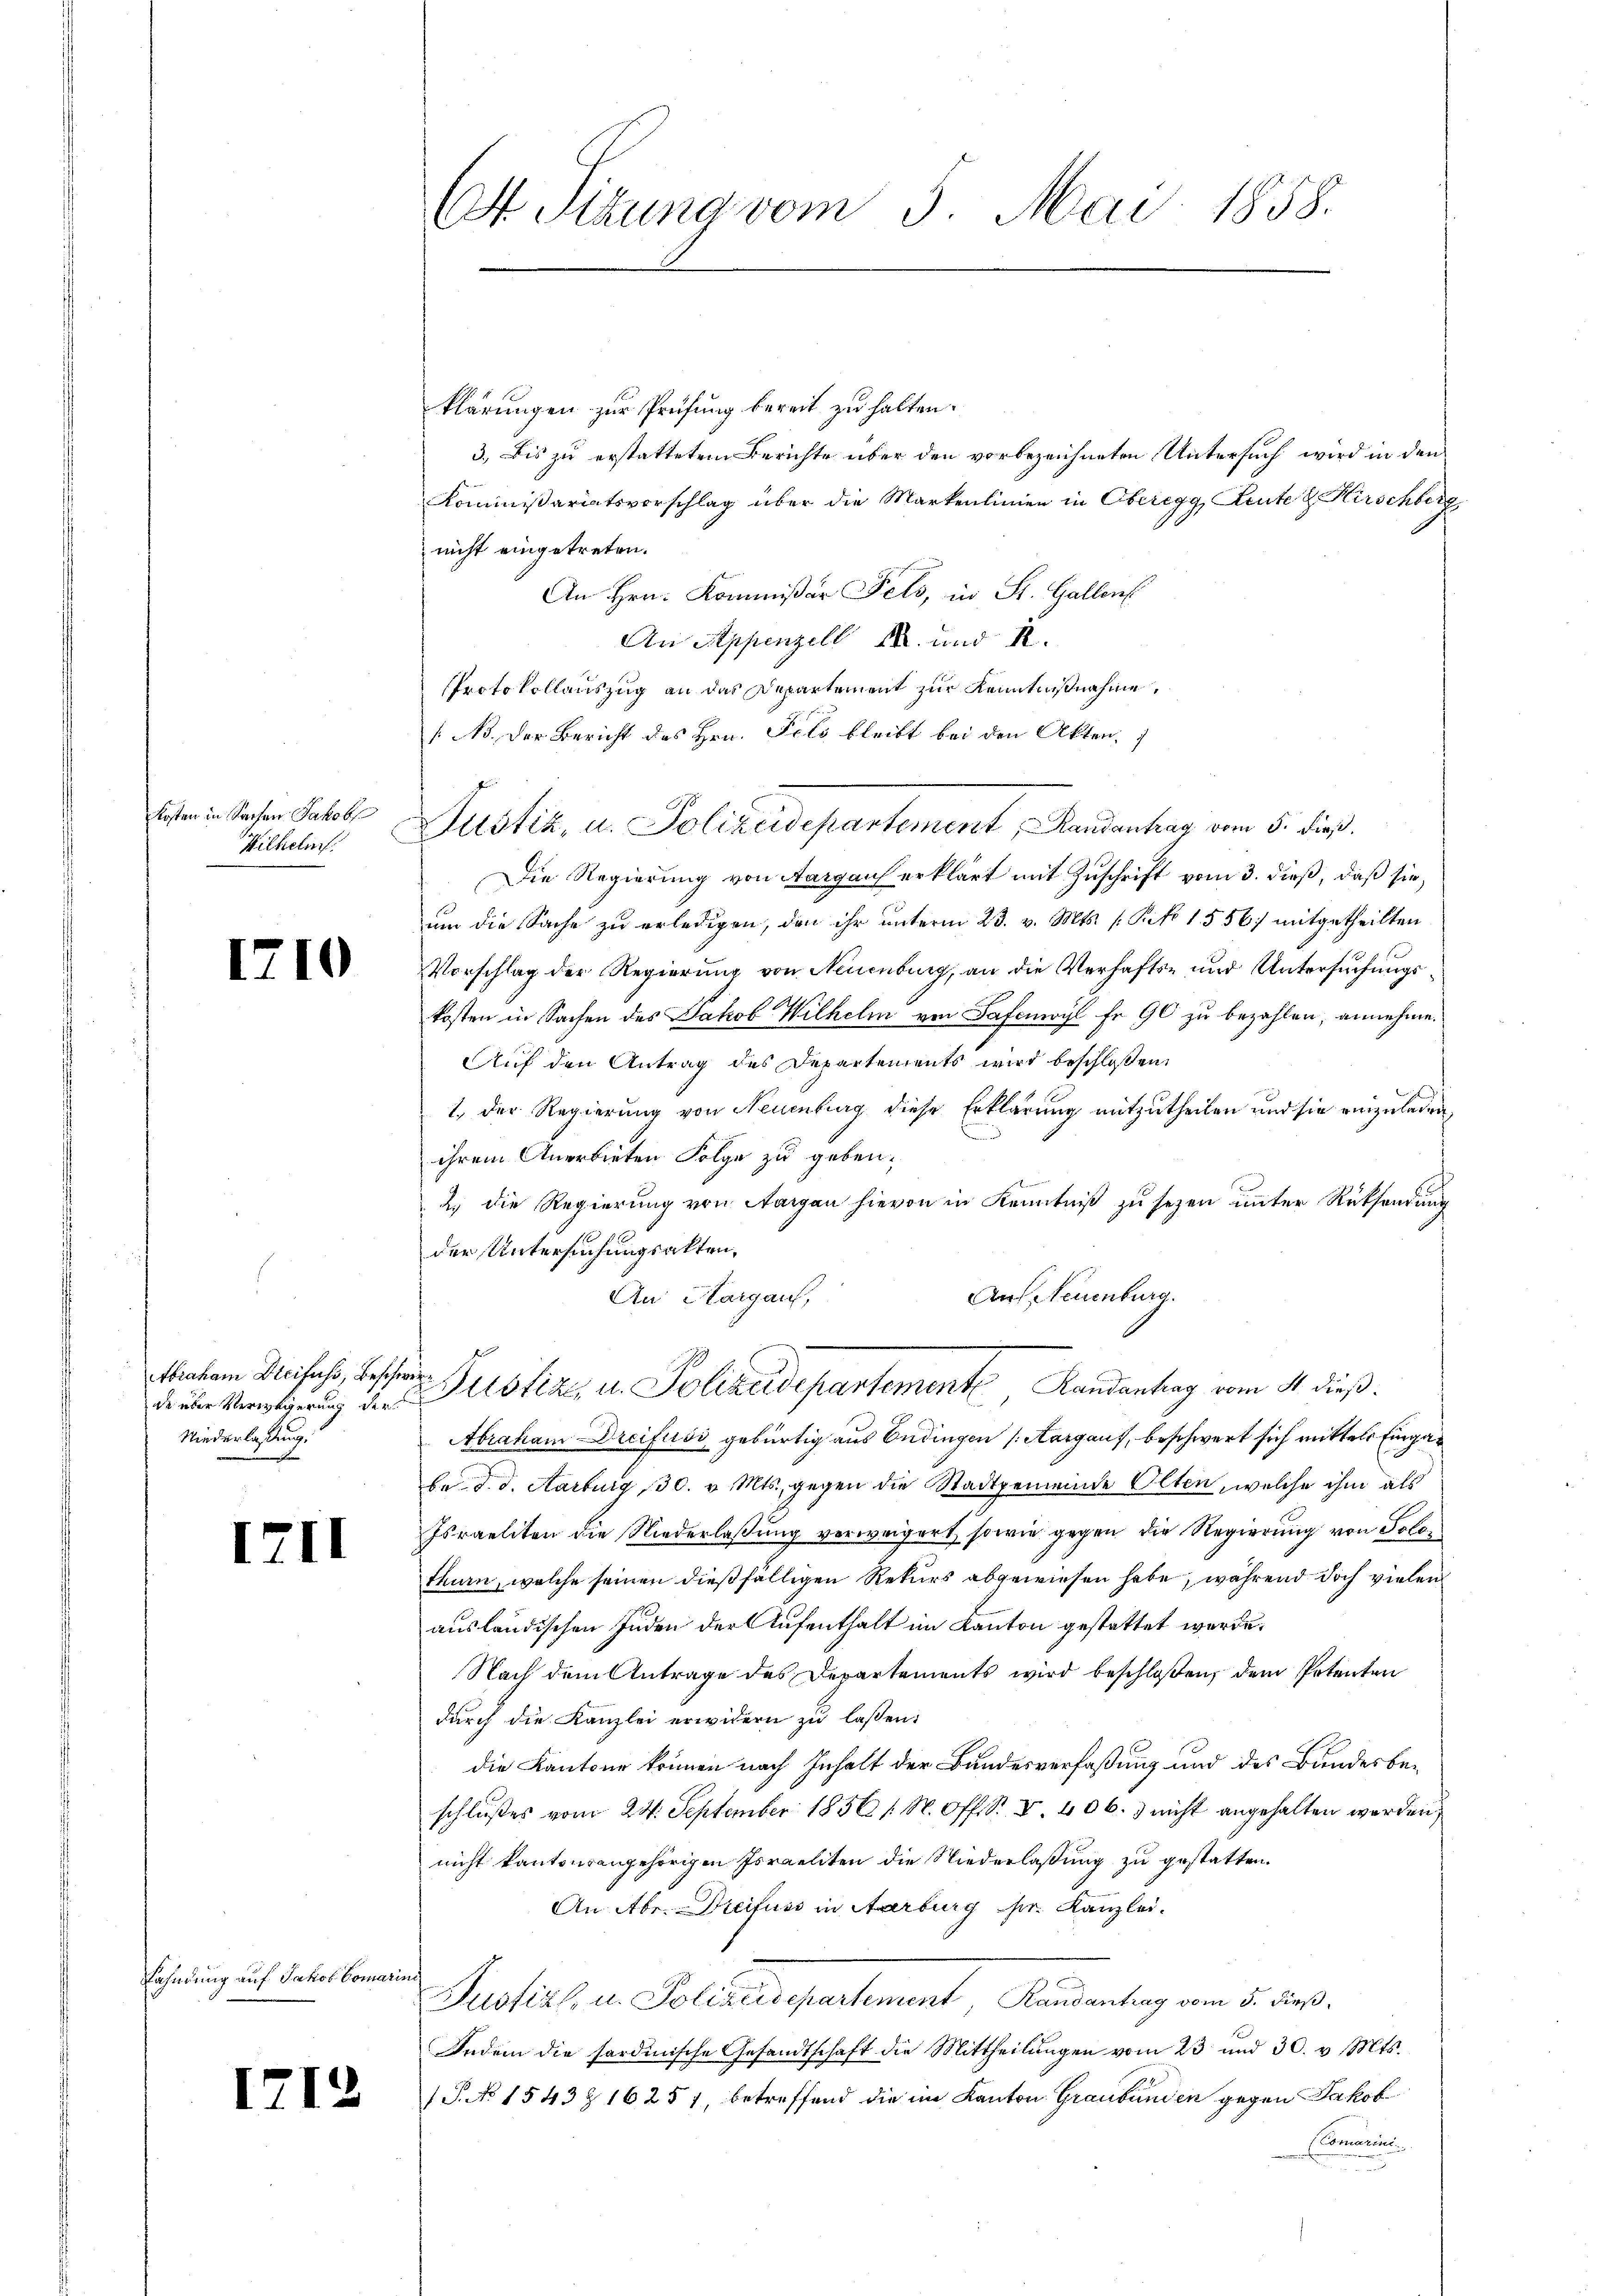
Kosten in Sachen Jakob
Wilhelins.

1210

Abraham Steifuss, Beschwer¬
Niederlassung.

III

Lahndung auf Jakob Comarini

1712

Et Sitzung vom 5. Mai 1858.

klärungen zur Prüfung bereit zu halten.
3. Bis zu erstattetem Berichte über den vorbezeichneten Untersuch wird in den
Kommißariatsvorschlag über die Markenlinien in Oberegg, Leute & Hirschberg
nicht eingetreten.
An Hrn. Kommißär Fels, in St. Gallens
An Appenzell 14. und II.
Protokollauszug an das Departement zur Kenntnißnahme.
[Ns. der Bericht des Hrn. Fels bleibt bei den Akten.
Die Regierung von Aargaus erklärt mit Zuschrift vom 3. dieß, daß sie,
um die Sache zu erledigen, den ihr unterm 23. v. Mts. s. Rito 1556 mitgetheilten
Vorschlag der Regierung von Neuenburg, an die Verhafts- und Untersuchungskosten in Sachen des Jakob Wilhelm von Safamvyl fr 90 zu bezahlen, annehme.
Auf den Antrag des Departements wird beschloßen,
1. Der Regierung von Neuenburg diese Erklärung mitzutheilen und sie einzuladen,
ihrem Anerbieten Folge zu geben.
2. die Regierung von Aargau hievon in Kenntniß zu sezen unter Rücksendung
der Untersuchungsakten,
Aus Neuenburg.
An Aargaus,
de ein Vertigerung des Pleotiz u. Polizeidepartemente Landantrag vom 4. dieß.
Abraham Dreifusi gebürtig aus Endingen (Aargauf, beschwert sich mittels Eingab
br. d. d. Aarburg, 30. v. Mts., gegen die Stadtgemeinde Olten, welche ihm als
Israeliten die Niederlaßung verweigert, sowie gegen die Regierung von Solothurn, welche seinen dießfälligen Rekurs abgewiesen habe, während doch vielen
ausländischen Juden der Aufenthalt im Kanton gestattet werde.
Nach dem Antrage des Derartements wird beschloßen, dem Petenten
durch die Kanzlei erwidern zu lassen:
die Kantone können nach Inhalt der Bundesverfaßung und des Bundesbeschlußes vom 24. September 1856 / N. Off. S. V. 406. 3 nicht angehalten werden
nicht kantonsangehörigen Israeliten die Niederlaßung zu gestatten.
An Abr. Dreifuss in Aarburg pr. Kanzlei.
Justiz, in Polizeisepartement Kundantung vom 5. dieß.
Indem die fordinische Gesandtschaft die Mittheilŭngen vom 23 und 30. v. Mts.
(P. No 1543 § 16257, betreffend die im Kanton Graubünden gegen Jakob
Comarini
e

Justiz, u. Polizeidepartement Kausantrag vom 5. dieß.